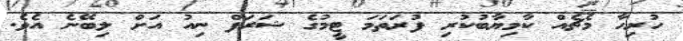
ހުރިހާ މެޗެއް ކާމިޔާބުކުރި ފުރަތަމަ ޓީމުގެ ޝަރަފް ނިއު އަށް ލިބޭނެ އެވެ.